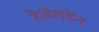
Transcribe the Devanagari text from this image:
हैज़ेलडेन